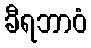
ခီရဘာဝံ